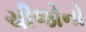
ચીજોનો